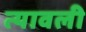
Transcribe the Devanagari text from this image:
त्यावली